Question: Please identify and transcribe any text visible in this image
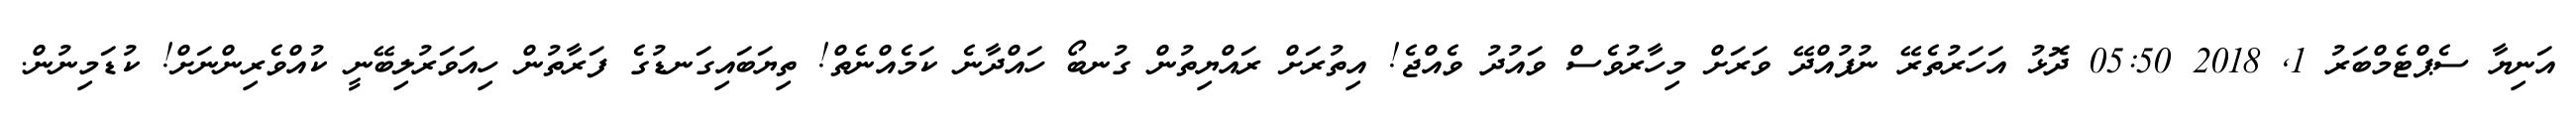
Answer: އަނިޔާ ސެޕްޓެމްބަރު 1, 2018 05:50 ދޮޅު އަހަރުތެރޭ ނުފުއްދޭ ވަރަށް މިހާރުވެސް ވައުދު ވެއްޖެ! އިތުރަށް ރައްޔިތުން ގުނބޯ ހައްދާނެ ކަމެއްނެތް! ތިޔަބައިގަނޑުގެ ފަރާތުން ހިއަވަރުލިބޭނީ ކުއްވެރިންނަށް! ކުޑަމިނުން.